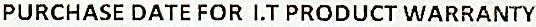
PURCHASE DATE FOR I.T PRODUCT WARRANTY